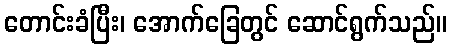
တောင်းခံပြီး၊ အောက်ခြေတွင် ဆောင်ရွက်သည်။